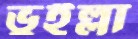
ভুইল্লা